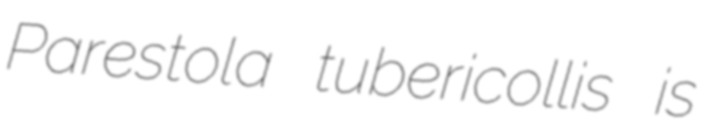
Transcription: Parestola tubericollis is